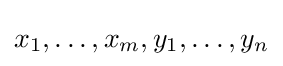
x_{1},\ldots ,x_{m},y_{1},\ldots ,y_{n}